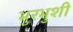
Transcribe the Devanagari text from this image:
भुरभुशी